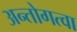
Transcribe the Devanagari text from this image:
अन्तोगत्वा